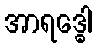
အာရဒ္ဓေါ